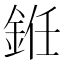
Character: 銋